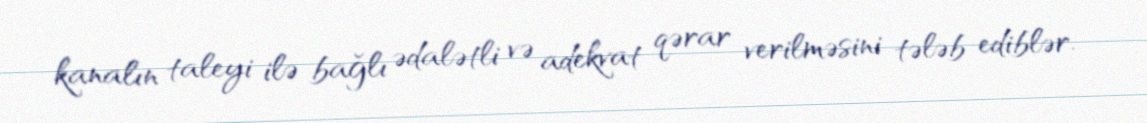
kanalın taleyi ilə bağlı ədalətli və adekvat qərar verilməsini tələb ediblər.